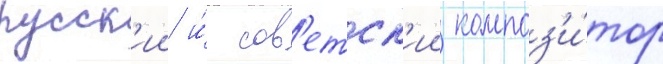
русск'ии и́ сов'етск'ии композ'и́тор